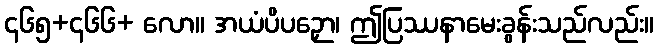
၄၆၅+၄၆၆+ လော။ အယံပိပဉှော၊ ဤပြဿနာမေးခွန်းသည်လည်း။